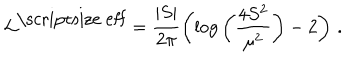
{ \cal L } ^ { \mathrm { \scriptsize ~ e f f } } = \frac { | S | } { 2 \pi } \left( \log { \left( \frac { 4 S ^ { 2 } } { \mu ^ { 2 } } \right) } - 2 \right) \, .